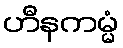
ဟီနကမ္မံ